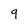
Character: 9